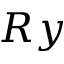
R y